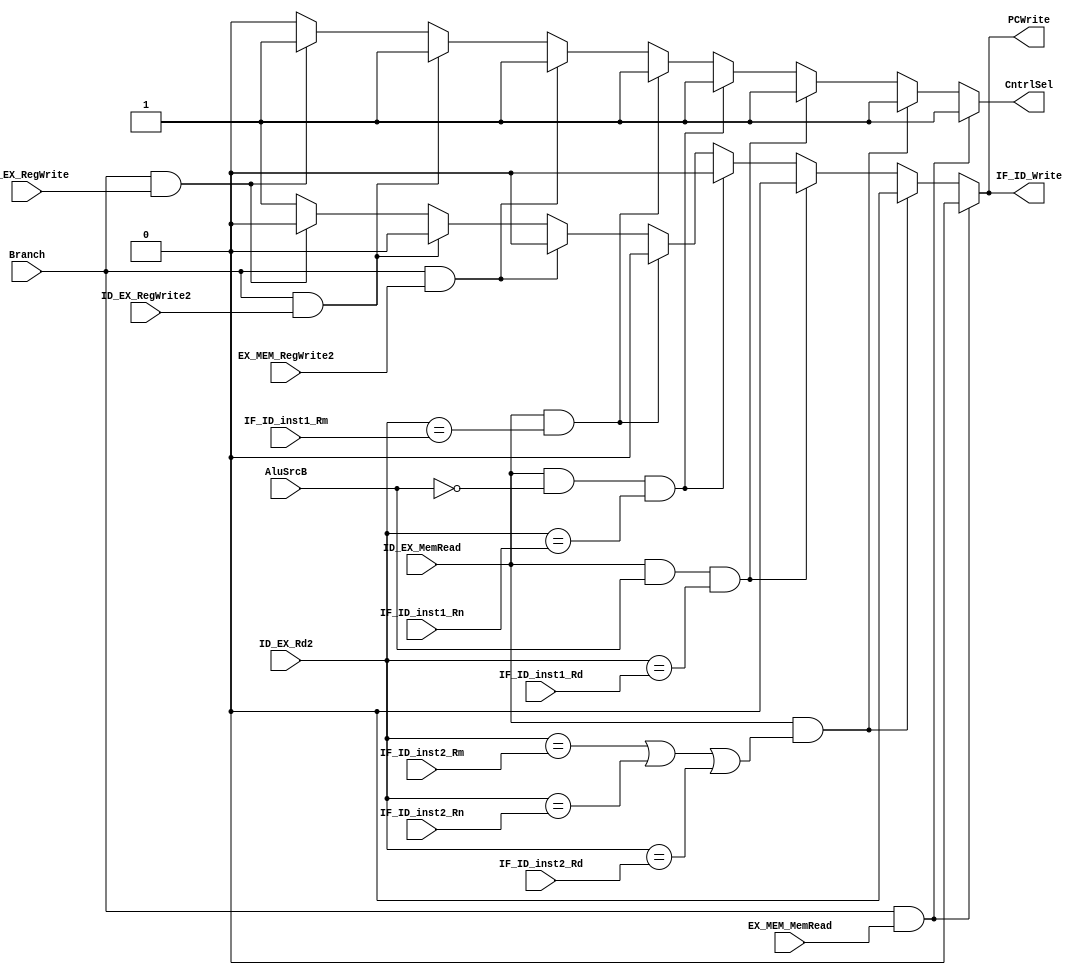
module HazardDetectionUnit(input Branch, input ID_EX_RegWrite, output reg IF_ID_Write, output reg PCWrite, output reg CntrlSel,
                           input ID_EX_RegWrite2, input EX_MEM_RegWrite2,
                           input ID_EX_MemRead, input [2:0] ID_EX_Rd2, input [2:0] IF_ID_inst1_Rm,
                           input AluSrcB, input [2:0] IF_ID_inst1_Rn, input [2:0] IF_ID_inst1_Rd,
                           input [2:0] IF_ID_inst2_Rm, input [2:0] IF_ID_inst2_Rn, input [2:0] IF_ID_inst2_Rd, input EX_MEM_MemRead);
  // THE ASSUMPTION IS THAT A CHANGE IN THE SENSITIVITY LIST WILL ALWAYS BE THERE
  always@(Branch, ID_EX_RegWrite, ID_EX_RegWrite2, EX_MEM_RegWrite2, ID_EX_MemRead, ID_EX_Rd2, IF_ID_inst1_Rm, AluSrcB, IF_ID_inst1_Rn, IF_ID_inst1_Rd, IF_ID_inst2_Rm, IF_ID_inst2_Rn, IF_ID_inst2_Rd, EX_MEM_MemRead)
  begin 
    IF_ID_Write = 1'b1;
    PCWrite = 1'b1;
    CntrlSel=1'b0;
    
    /*First*/
    if(Branch == 1'b1 && ID_EX_RegWrite == 1'b1)
    begin
      IF_ID_Write = 1'b0;
      PCWrite = 1'b0;
      CntrlSel = 1'b1;
    end
    
    /*Second*/
    if(Branch == 1'b1 && ID_EX_RegWrite2 == 1'b1)
    begin
      IF_ID_Write = 1'b0;
      PCWrite = 1'b0;
      CntrlSel = 1'b1;
    end
    if(Branch == 1'b1 && EX_MEM_RegWrite2 == 1'b1)
    begin
      IF_ID_Write = 1'b0;
      PCWrite = 1'b0;
      CntrlSel = 1'b1;
    end
    
    /*Third*/
    if(ID_EX_MemRead == 1'b1 && ID_EX_Rd2 == IF_ID_inst1_Rm)
    begin
      IF_ID_Write = 1'b0;
      PCWrite = 1'b0;
      CntrlSel = 1'b1;
    end
    
    /*Fourth*/
    if(ID_EX_MemRead == 1'b1 && AluSrcB == 1'b0 && ID_EX_Rd2 == IF_ID_inst1_Rn)
    begin
      IF_ID_Write = 1'b0;
      PCWrite = 1'b0;
      CntrlSel = 1'b1;
    end
    if(ID_EX_MemRead == 1'b1 && AluSrcB == 1'b1 && ID_EX_Rd2 == IF_ID_inst1_Rd)
    begin
      IF_ID_Write = 1'b0;
      PCWrite = 1'b0;
      CntrlSel = 1'b1;
    end
    
    /*Fifth*/
    if(ID_EX_MemRead == 1'b1 && (ID_EX_Rd2 == IF_ID_inst2_Rm || ID_EX_Rd2 == IF_ID_inst2_Rn || ID_EX_Rd2 == IF_ID_inst2_Rd))
    begin
      IF_ID_Write = 1'b0;
      PCWrite = 1'b0;
      CntrlSel = 1'b1;
    end
    
    /*Sixth*/
    if(Branch == 1'b1 && EX_MEM_MemRead == 1'b1)
    begin
      IF_ID_Write = 1'b0;
      PCWrite = 1'b0;
      CntrlSel = 1'b1;
    end
  end
endmodule